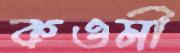
কওমী